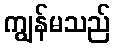
ကျွန်မသည်